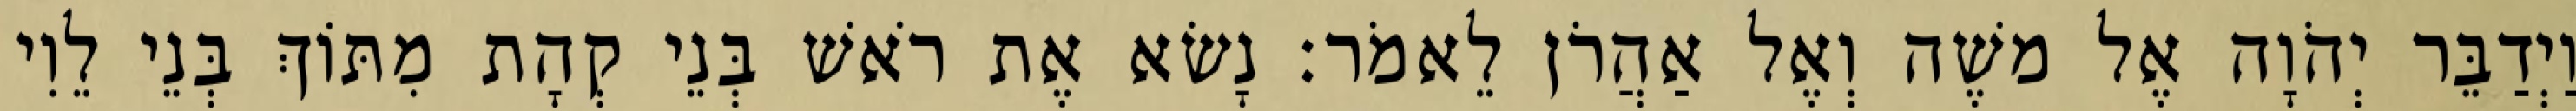
וַיְדַבֵּר יְהֹוָה אֶל משֶׁה וְאֶל אַהֲרֹן לֵאמֹר׃ נָשׂא אֶת רֹאשׁ בְּנֵי קְהָת מִתּוֹךְ בְּנֵי לֵוִי